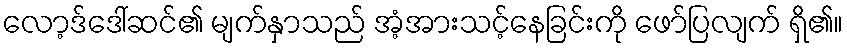
လော့ဒ်ဒေါ်ဆင်၏ မျက်နှာသည် အံ့အားသင့်နေခြင်းကို ဖော်ပြလျက် ရှိ၏။